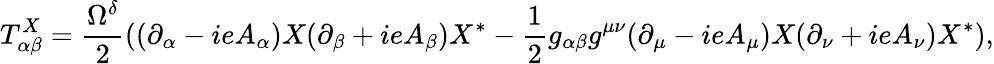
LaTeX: T_{\alpha\beta}^{X}=\frac{\Omega^{\delta}}{2}((\partial_{\alpha}-ieA_{\alpha})X(\partial_{\beta}+ieA_{\beta})X^{*}-\frac{1}{2}g_{\alpha\beta}g^{\mu\nu}(\partial_{\mu}-ieA_{\mu})X(\partial_{\nu}+ieA_{\nu})X^{*}),